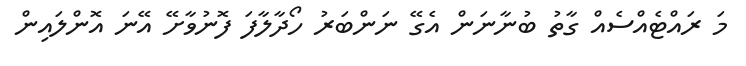
މަ ރައްޓެއްސެއް ގާތު ބުނާނަން އެގޭ ނަންބަރު ހޯދާލާފަ ފޮނުވާށޭ އޭނަ އޮންލައިން